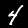
Digit: 4